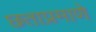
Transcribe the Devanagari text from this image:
छताप्रमाणे